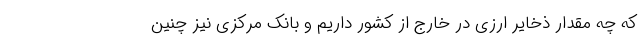
که چه مقدار ذخایر ارزی در خارج از کشور داریم و بانک مرکزی نیز چنین